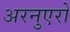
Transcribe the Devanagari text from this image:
अरनुएरो